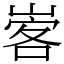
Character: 㟯